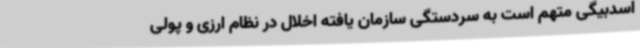
اسدبیگی متهم است به سردستگی سازمان یافته اخلال در نظام ارزی و پولی